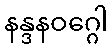
နန္ဒနဝဂ္ဂေါ